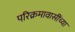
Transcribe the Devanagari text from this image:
परिक्रमावासींच्या